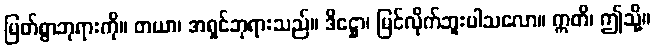
မြတ်စွာဘုရားကို။ တယာ၊ အရှင်ဘုရားသည်။ ဒိဋ္ဌော၊ မြင်လိုက်ဘူးပါသလော။ ဣတိ၊ ဤသို့။